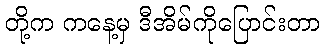
တို့က ကနေ့မှ ဒီအိမ်ကိုပြောင်းတာ